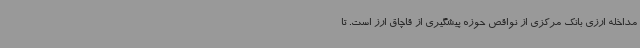
مداخله ارزی بانک مرکزی از نواقص حوزه پیشگیری از قاچاق ارز است. تا